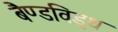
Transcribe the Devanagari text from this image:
बैण्डविड्थ